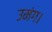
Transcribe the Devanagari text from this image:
उमंग।